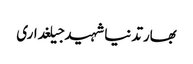
بھارتدنیاشہیدجیلغداری